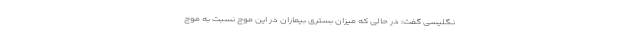
نگلیسی گفت: در حالی که میزان بستری بیماران در این موج نسبت به موج